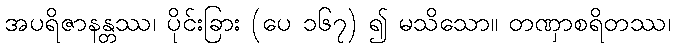
အပရိဇာနန္တဿ၊ ပိုင်းခြား (ပေ ၁၆၇) ၍ မသိသော။ တဏှာစရိတဿ၊